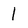
Character: 1